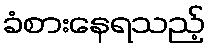
ခံစားနေရသည့်